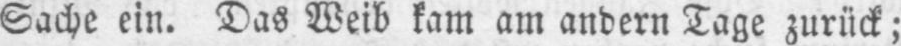
Sache ein. Das Weib kam am andern Tage zurück;